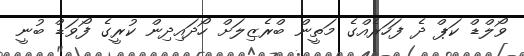
ވޯލްޑް ކަޕް ދެ ފަހަރެއްގެ މަތީން ބްރެޒިލަށް ހޯދައިދިން ކުރީގެ ފޯވަޑް ބުނީ